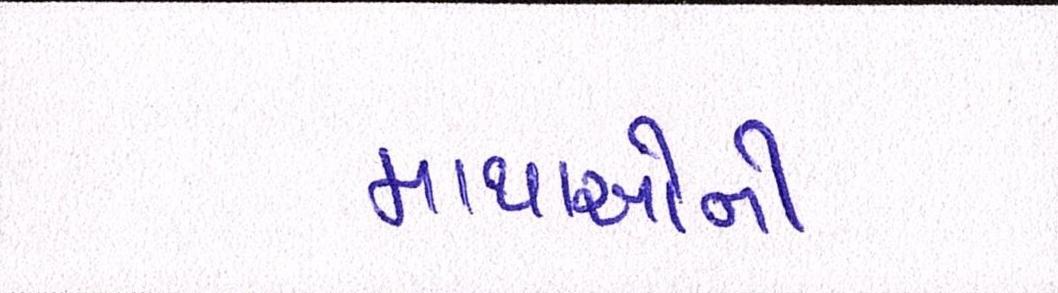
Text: માથાઓની